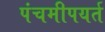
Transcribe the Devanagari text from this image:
पंचमीपयर्त